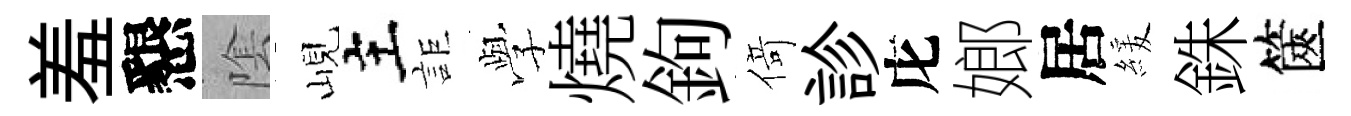
羞懇隂峴主詎𫝯燒鉤𠋣診庀嫏居緩銖篋